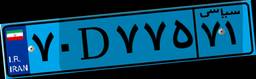
۴۲D۱۷۴۳۶